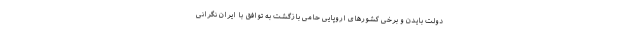
دولت بایدن و برخی کشورهای اروپایی حامی بازگشت به توافق با ایران نگرانی